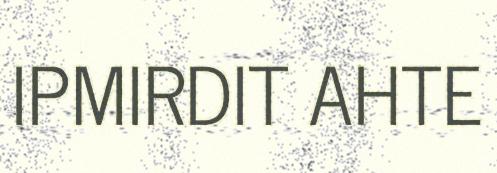
IPMIRDIT AHTE